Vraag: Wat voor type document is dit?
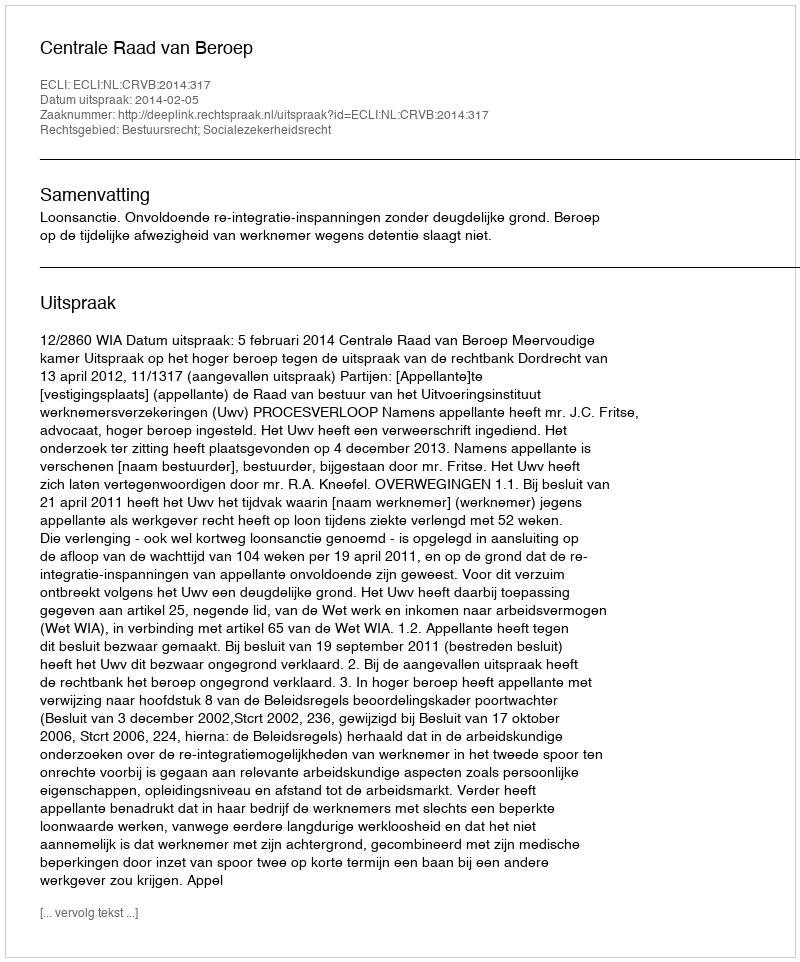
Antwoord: Uitspraak